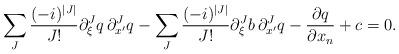
LaTeX: \begin{align*} \sum_{J} \frac{(-i)^{|J|}}{J !} \partial_{\xi}^{J}q \, \partial_{x^\prime}^{J}q - \sum_{J} \frac{(-i)^{|J|}}{J !} \partial_{\xi}^{J}b \, \partial_{x^\prime}^{J}q - \frac{\partial q}{\partial x_n} + c = 0. \end{align*}